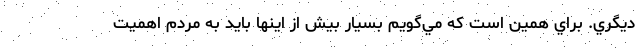
ديگري. براي همين است كه مي‌گويم بسيار بيش از اينها بايد به مردم اهميت